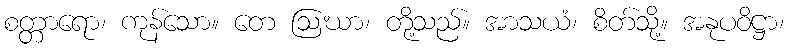
စတ္တာရော၊ ကုန်သော။ တေ ဩဃာ၊ တို့သည်။ အာသယံ၊ စိတ်သို့။ အနုပဝိဋ္ဌာ၊